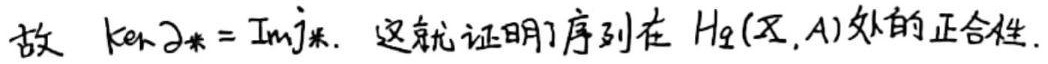
故 $\ker \partial_* = \text{Im} j_*$. 这就证明了序列在 $H_q(X,A)$ 处的正合性.